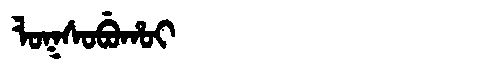
Manchu: ᠯᠣᡴᠰᠣᠪᡠᡥᠣᡳ
Romanization: LOKSOBUHOI